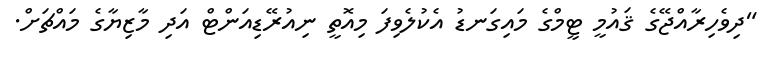
"ދިވެހިރާއްޖޭގެ ޤައުމީ ޓީމްގެ މައިގަނޑު އެކުލެވިފަ މިއޮތީ ނިއުރޭޑިއަންޓް އަދި މާޒިޔާގެ މައްޗަށް.